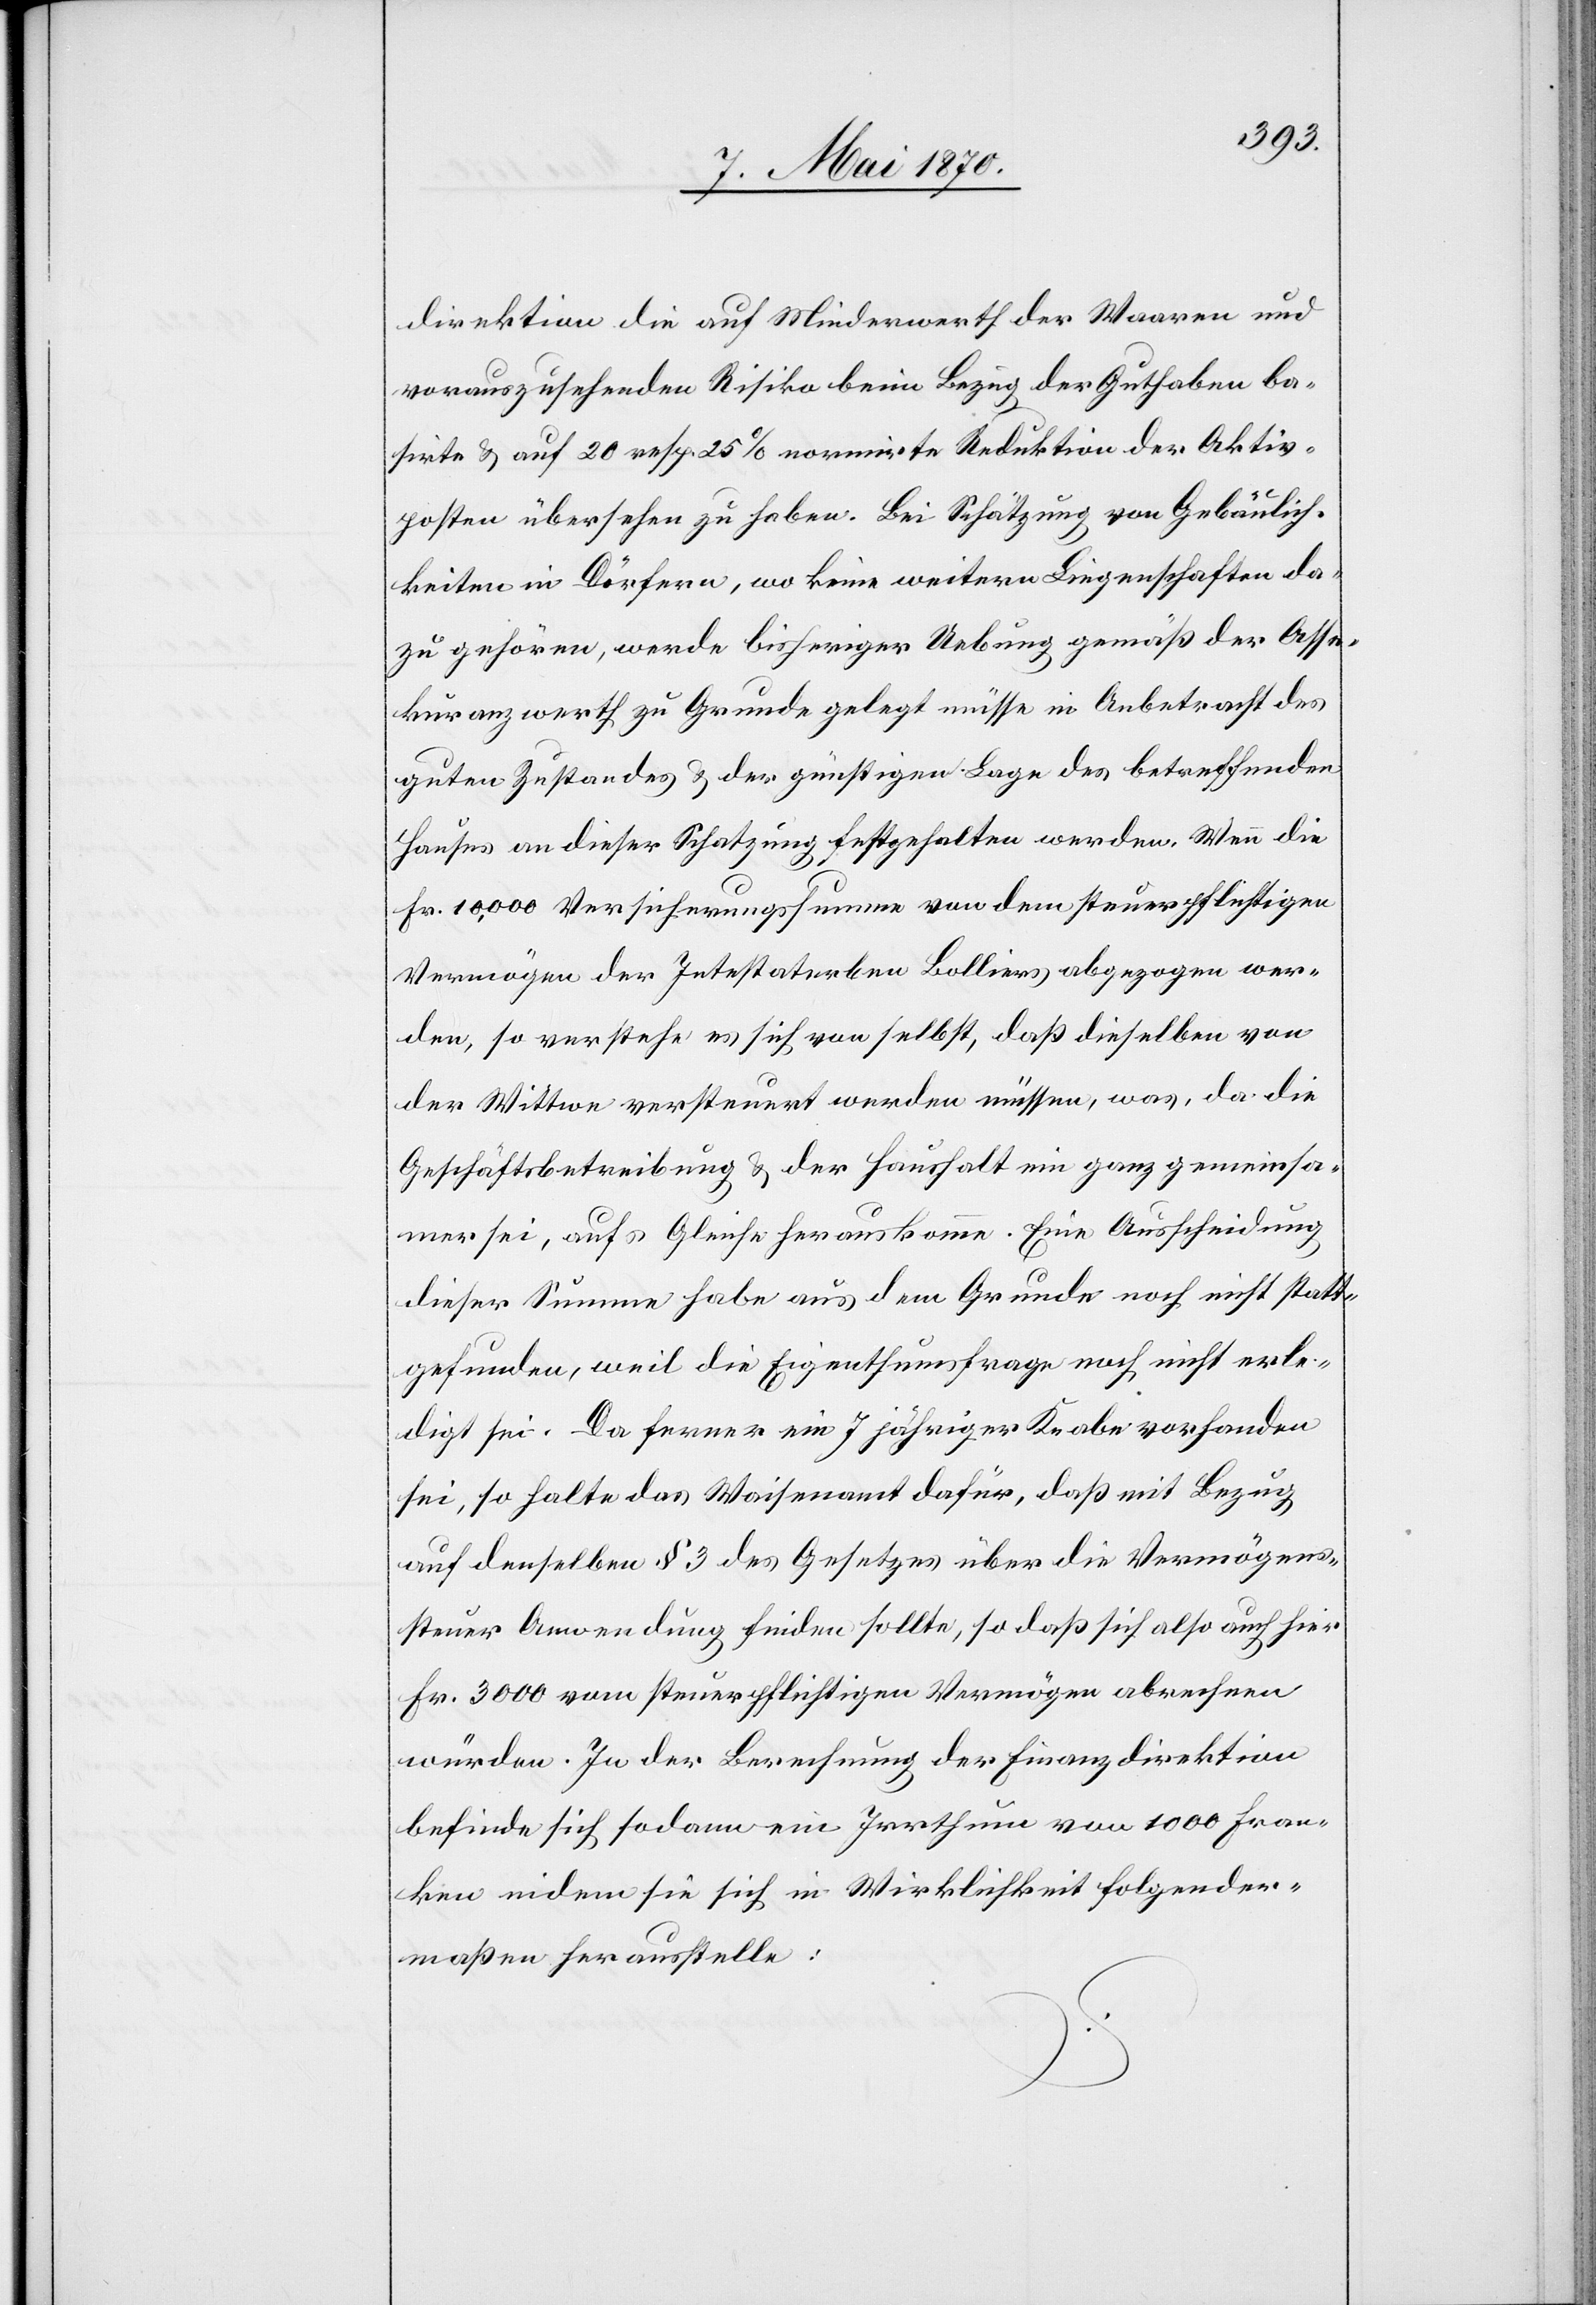
direktion die auf Minderwerth der Waaren und
vorauszusehenden Risiko beim Bezug der Guthaben ba¬
sirte & auf 20 resp. 25% normirte Reduktion der Aktiv¬
posten übersehen zu haben. Bei Schätzung von Gebäulich¬
keiten in Dörfern, wo keine weitern Liegenschaften da¬
zu gehören, werde bisheriger Uebung gemäß der Asse¬
kuranzwerth zu Grunde gelegt[,] müsse in Anbetracht des
guten Zustandes & der günstigen Lage des betreffenden
Hauses an dieser Schatzung festgehalten werden. Wenn die
Fr. 10,000 Versicherungssumme von dem steuerpflichtigen
Vermögen der Intestaterben Bolliers abgezogen wer¬
den, so verstehe es sich von selbst, daß dieselben von
der Wittwe versteuert werden müssen, was, da die
Geschäftsbetreibung & der Haushalt ein ganz gemeinsa¬
mer sei, aufs Gleiche herauskomme. Eine Ausscheidung
dieser Summe habe aus dem Grunde noch nicht statt¬
gefunden, weil die Eigenthumsfrage noch nicht erle¬
digt sei. Da ferner ein 7 jähriger Knabe vorhanden
sei, so halte das Waisenamt dafür, daß mit Bezug
auf denselben § 3 des Gesetzes über die Vermögens¬
steuer Anwendung finden sollte, so daß sich also auch hier
Fr. 3000 vom steuerpflichtigen Vermögen abrechnen
würden. In der Berechnung der Finanzdirektion
befinde sich sodann ein Irrthum von 1000 Fran¬
ken indem sie sich in Wirklichkeit folgender¬
maßen herausstelle: